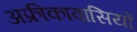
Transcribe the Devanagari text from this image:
अफ्रीकावासियों